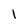
Character: 1